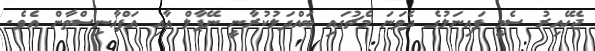
ޖެހޭއިރު ސެމީ ފައިނަލުގެ ދެވަނަ މެޗުގައި ބައްދަލުކުރާނީ ނޭޕާލް އާއި އަފްޣާނިސްތާން އެވެ.